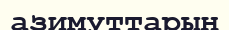
азимуттарын